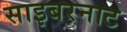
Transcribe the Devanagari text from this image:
साइबरनाट